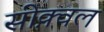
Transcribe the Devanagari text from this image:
सीक़्वल